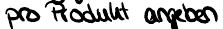
pro Produkt angeben